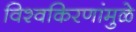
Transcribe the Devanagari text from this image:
विश्वकिरणांमुळे